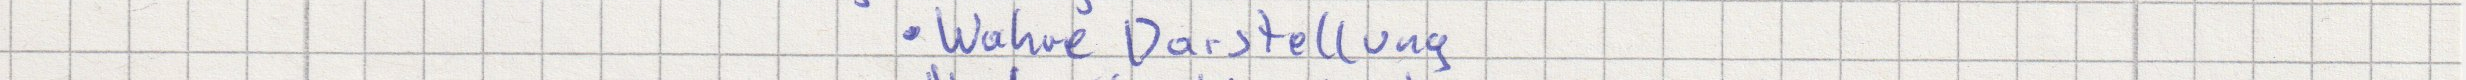
Wahre Darstellung